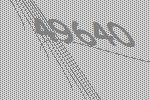
49640